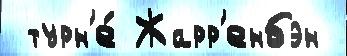
 турн'е́ Жарр'енбэн